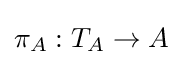
\pi _{A}:T_{A}\to A